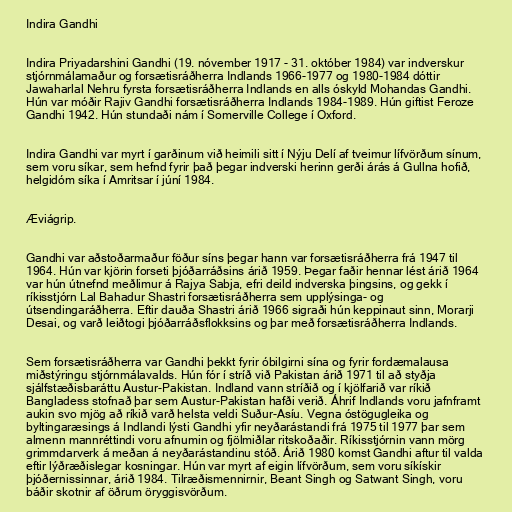
Indira Gandhi

Indira Priyadarshini Gandhi (19. nóvember 1917 - 31. október 1984) var indverskur
stjórnmálamaður og forsætisráðherra Indlands 1966-1977 og 1980-1984 dóttir
Jawaharlal Nehru fyrsta forsætisráðherra Indlands en alls óskyld Mohandas Gandhi.
Hún var móðir Rajiv Gandhi forsætisráðherra Indlands 1984-1989. Hún giftist Feroze
Gandhi 1942. Hún stundaði nám í Somerville College í Oxford.

Indira Gandhi var myrt í garðinum við heimili sitt í Nýju Delí af tveimur lífvörðum sínum,
sem voru síkar, sem hefnd fyrir það þegar indverski herinn gerði árás á Gullna hofið,
helgidóm síka í Amritsar í júní 1984.

Æviágrip.

Gandhi var aðstoðarmaður föður síns þegar hann var forsætisráðherra frá 1947 til
1964. Hún var kjörin forseti þjóðarráðsins árið 1959. Þegar faðir hennar lést árið 1964
var hún útnefnd meðlimur á Rajya Sabja, efri deild indverska þingsins, og gekk í
ríkisstjórn Lal Bahadur Shastri forsætisráðherra sem upplýsinga- og
útsendingaráðherra. Eftir dauða Shastri árið 1966 sigraði hún keppinaut sinn, Morarji
Desai, og varð leiðtogi þjóðarráðsflokksins og þar með forsætisráðherra Indlands.

Sem forsætisráðherra var Gandhi þekkt fyrir óbilgirni sína og fyrir fordæmalausa
miðstýringu stjórnmálavalds. Hún fór í stríð við Pakistan árið 1971 til að styðja
sjálfstæðisbaráttu Austur-Pakistan. Indland vann stríðið og í kjölfarið var ríkið
Bangladess stofnað þar sem Austur-Pakistan hafði verið. Áhrif Indlands voru jafnframt
aukin svo mjög að ríkið varð helsta veldi Suður-Asíu. Vegna óstögugleika og
byltingaræsings á Indlandi lýsti Gandhi yfir neyðarástandi frá 1975 til 1977 þar sem
almenn mannréttindi voru afnumin og fjölmiðlar ritskoðaðir. Ríkisstjórnin vann mörg
grimmdarverk á meðan á neyðarástandinu stóð. Árið 1980 komst Gandhi aftur til valda
eftir lýðræðislegar kosningar. Hún var myrt af eigin lífvörðum, sem voru síkískir
þjóðernissinnar, árið 1984. Tilræðismennirnir, Beant Singh og Satwant Singh, voru
báðir skotnir af öðrum öryggisvörðum.